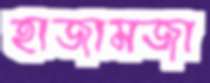
হাজামজা